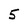
Character: 5